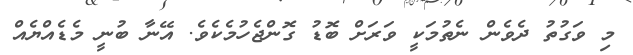
މި ވަގުތު ދެވެން ނެތުމަކީ ވަރަށް ބޮޑު ގޮންޖެހުމެކެވެ. އޭނާ ބުނީ މެޑެއްޔެއް